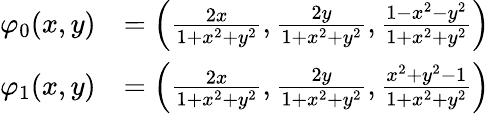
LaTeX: {\begin{array}{rl}{\varphi_{0}(x,y)}&{=\left({\frac{2x}{1+x^{2}+y^{2}}},{\frac{2y}{1+x^{2}+y^{2}}},{\frac{1-x^{2}-y^{2}}{1+x^{2}+y^{2}}}\right)}\\ {\varphi_{1}(x,y)}&{=\left({\frac{2x}{1+x^{2}+y^{2}}},{\frac{2y}{1+x^{2}+y^{2}}},{\frac{x^{2}+y^{2}-1}{1+x^{2}+y^{2}}}\right)}\end{array}}